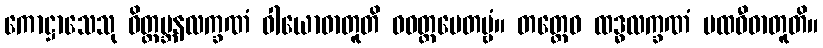
ကောဋ္ဌာသေသု ဝိတ္ထမ္ဘနလက္ခဏံ ဝါယောဓာတူတိ ဝဝတ္ထပေတဗ္ဗံ။ တတ္ထေဝ ထဒ္ဓလက္ခဏံ ပထဝီဓာတူတိ။